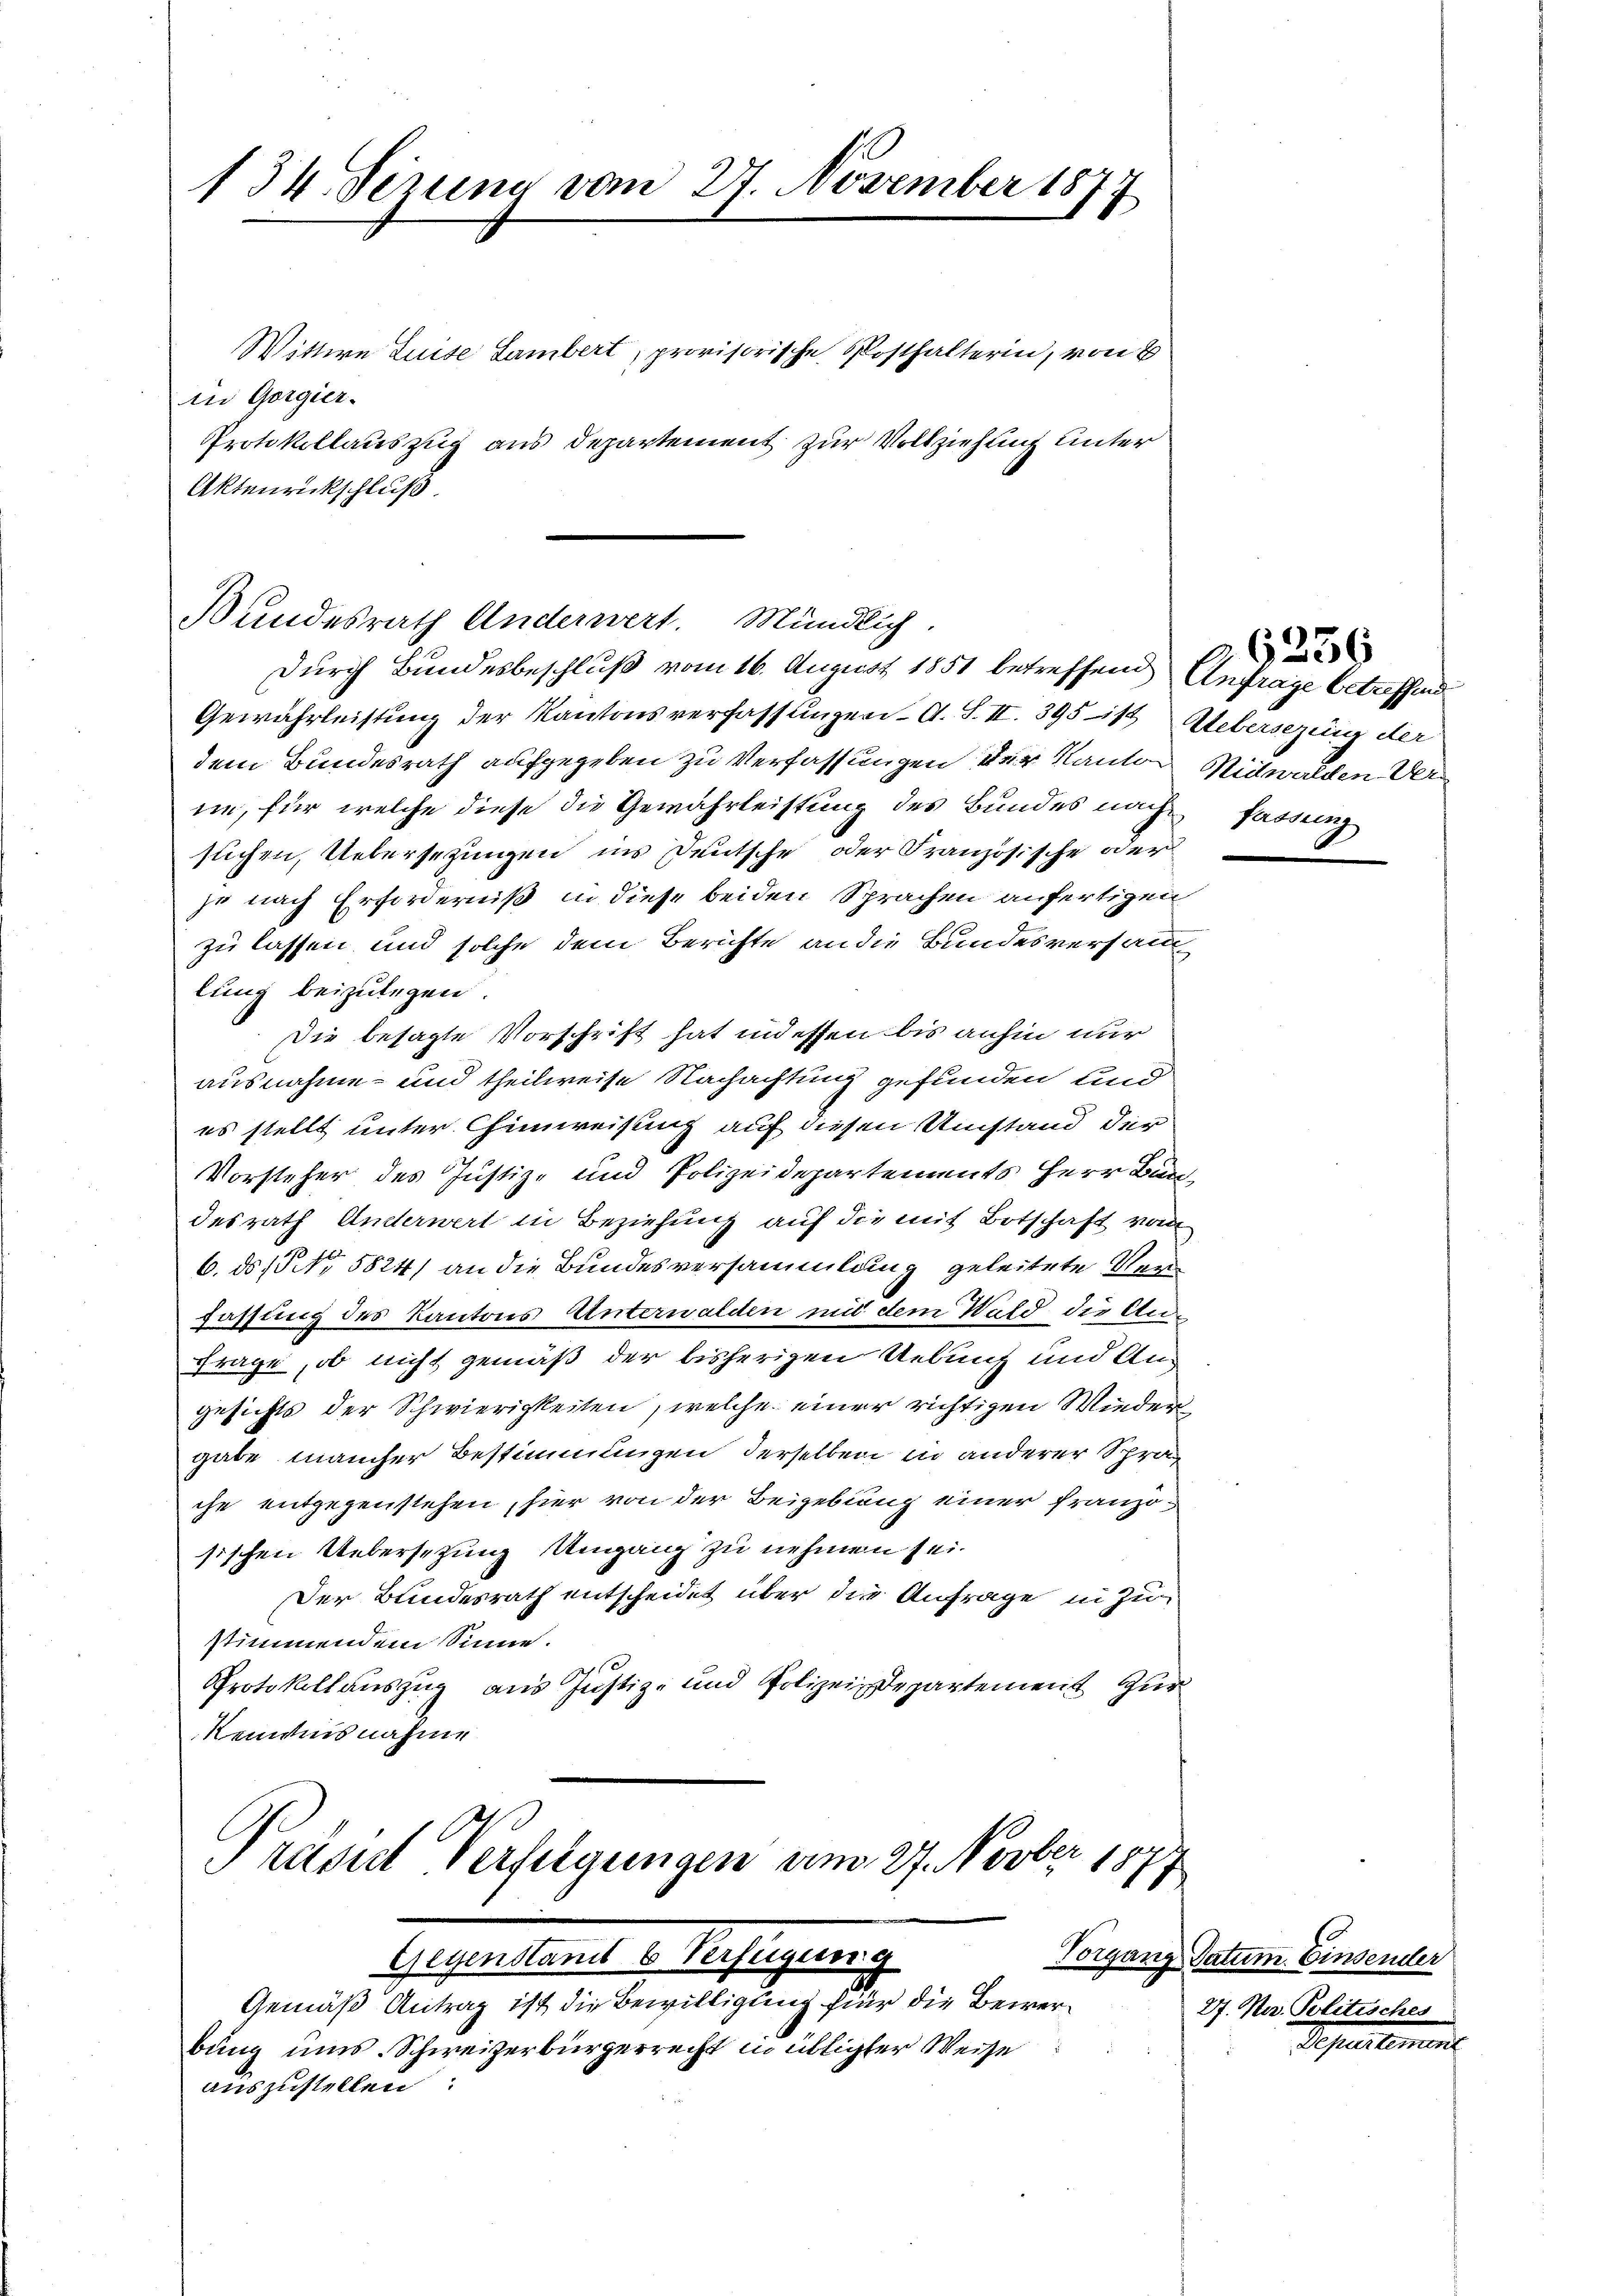
134. Sezung vom 27. November 1877

Wittwe Luise Sambert, provisorische Posthalterin, von E
in Gorgier
Protokollauszug aus Departement zur Vollziehung unter
Aktenrückschluß.

Gewährleistung der Kantonsverfassungen A. S. II. 395 118 Uebersezung der
dem Bundesrath aufgegeben zu Verfassungen der Kanton Nidwalden Vernie, für welche diese die Gewährleistung des Bundes nach fassung
suchen, Uebersezungen ins Deutsche oder Französische oder
je nach Erforderniß in diese beiden Sprachen anfertigen
zu lassen und solche dem Berichte an die Bundesversam
lung beizulegen.
Die besagte Vorschrift hat indessen bis anhin nur
ausnahme- und theilweise Nachachtung gefunden und
es stellt unter Chimweisung auf diesen Umstand der
Vorsteher des Justiz- und Polizeidepartements Herr Bundesrath Anderwert in Beziehung auf die mit Botschaft vom
6. ds No 5824) an die Bundesversammlung geleitete Verfassung des Kantons Unterwalden und dem Wald die An¬
Frage, ob nicht gemäß der bisherigen Uebung und Angesichts der Schwierigkeiten, welche einer richtigen Wiedergabe mancher Bestimmungen derselben in anderer Sprache entgegenstehen, hier von der Beigebung einer französischen Uebersetzung Umgang zu nehmen sei.
Der Bundesrath entscheidet über die Anfrage in Zustimmendem Sinne.
Protokollauszug aus Justiz- und Polizeidepartement Zier
Kenntnisnahme

Bundesrath Anderwert. Mündlich.
Durch Bundesbeschluß vom 16. August 1851 betreffend Anfrage betreffend

bung ums Schweizerbürgerrecht in übligter Weise
auszustellen:

Präsid Verfolgungen um 27. Novber 1879
Gesandtens v. Rechtsgemeine
Gemäß Antrag ist die Bewilligung für die Bewer¬

6256

Vorgang Datum. Einsender
27. Na. Politisches

Departen